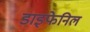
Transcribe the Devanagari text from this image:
डाइफेनिल